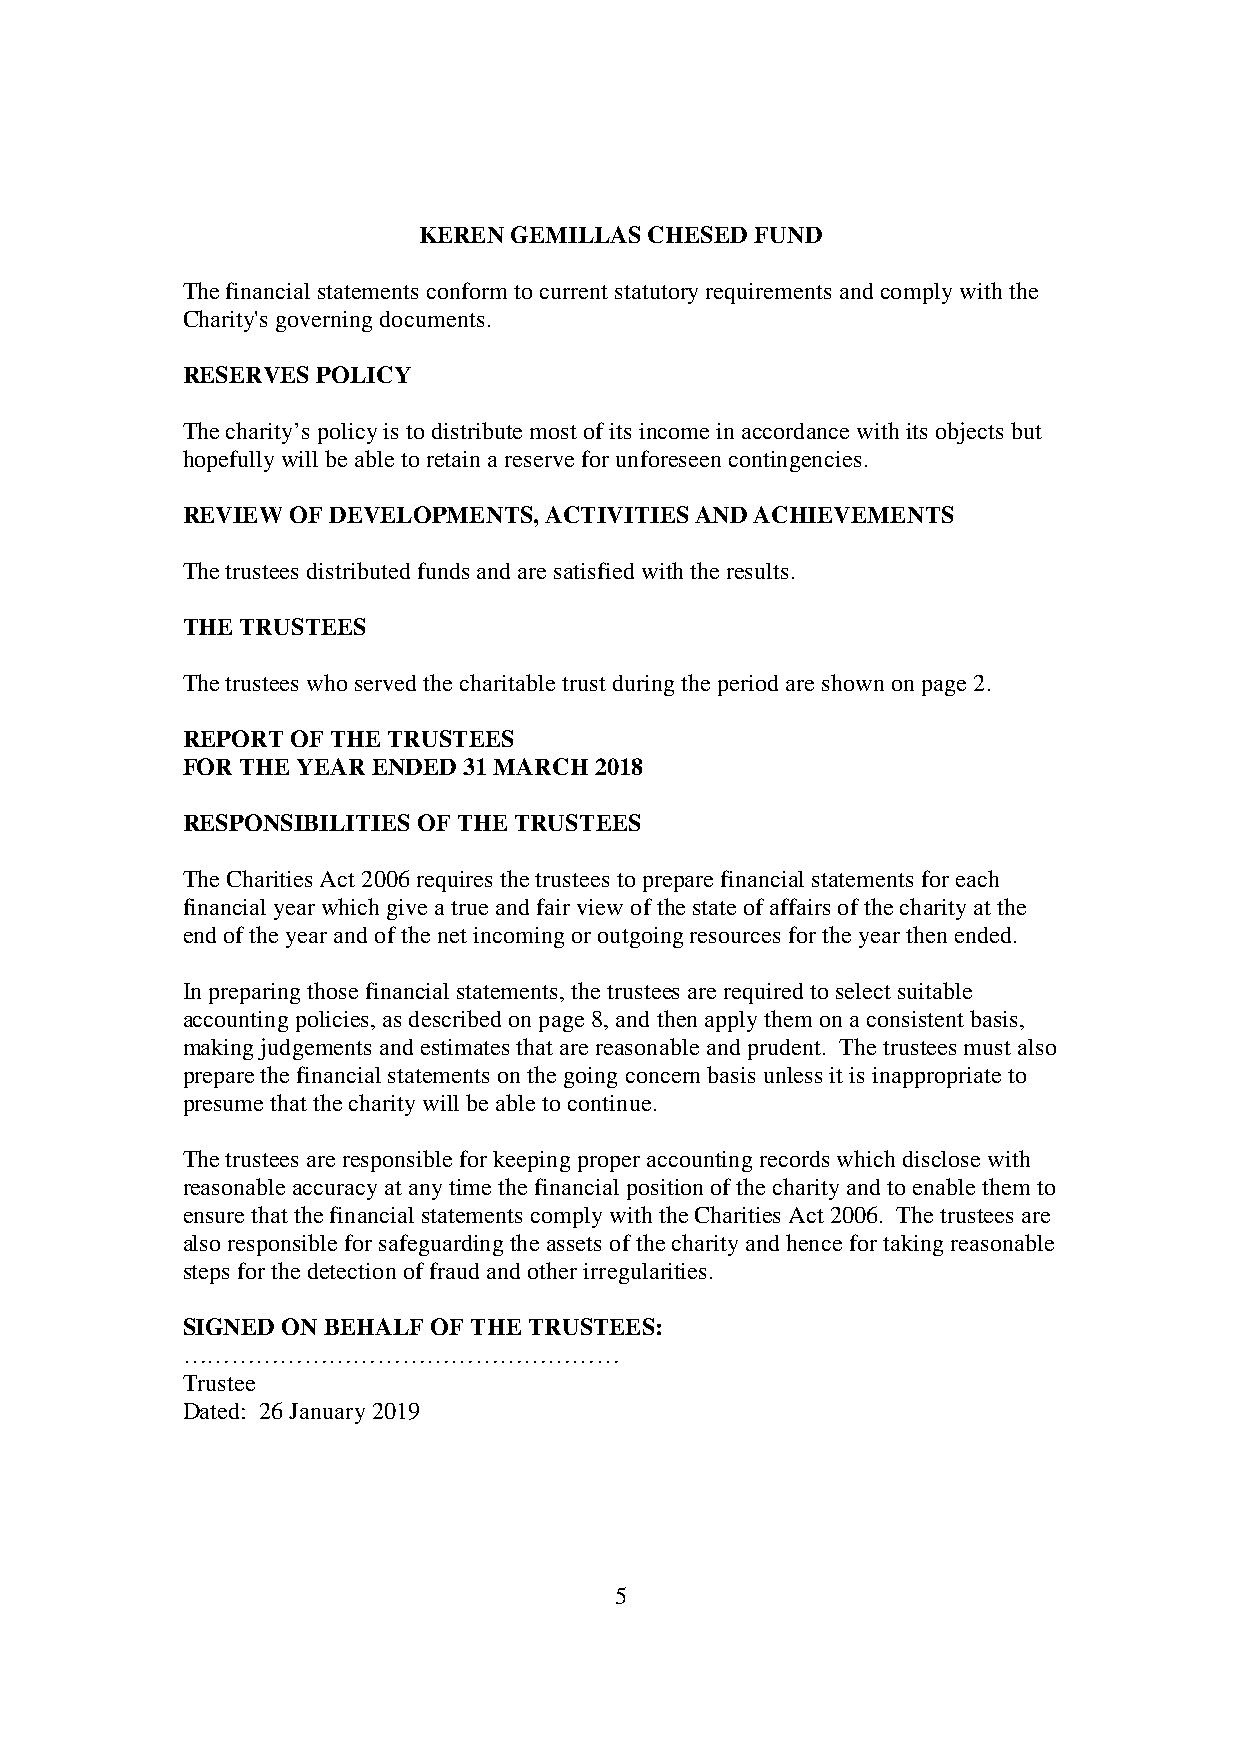
KEREN GEMILLAS CHESED FUND
 The financial statements conform to current statutory requirements and comply with the
 Charity's governing documents.
 RESERVES POLICY
 The charity’s policy is to distribute most of its income in accordance with its objects but
 hopefully will be able to retain a reserve for unforeseen contingencies.
 REVIEW OF DEVELOPMENTS, ACTIVITIES AND ACHIEVEMENTS
 The trustees distributed funds and are satisfied with the results.
 THE TRUSTEES
 The trustees who served the charitable trust during the period are shown on page 2.
 REPORT OF THE TRUSTEES
 FOR THE YEAR ENDED 31 MARCH 2018
 RESPONSIBILITIES OF THE TRUSTEES
 The Charities Act 2006 requires the trustees to prepare financial statements for each
 financial year which give a true and fair view of the state of affairs of the charity at the
 end of the year and of the net incoming or outgoing resources for the year then ended.
 In preparing those financial statements, the trustees are required to select suitable
 accounting policies, as described on page 8, and then apply them on a consistent basis,
 making judgements and estimates that are reasonable and prudent. The trustees must also
 prepare the financial statements on the going concern basis unless it is inappropriate to
 presume that the charity will be able to continue.
 The trustees are responsible for keeping proper accounting records which disclose with
 reasonable accuracy at any time the financial position of the charity and to enable them to
 ensure that the financial statements comply with the Charities Act 2006. The trustees are
 also responsible for safeguarding the assets of the charity and hence for taking reasonable
 steps for the detection of fraud and other irregularities.
 SIGNED ON BEHALF OF THE TRUSTEES:
 ………………………………………………
 Trustee
 Dated: 26 January 2019
 5